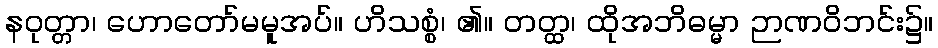
နဝုတ္တာ၊ ဟောတော်မမူအပ်။ ဟိသစ္စံ၊ ၏။ တတ္ထ၊ ထိုအဘိဓမ္မာ ဉာဏဝိဘင်း၌။